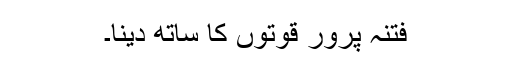
فتنہ پرور قوتوں کا ساتھ دینا۔